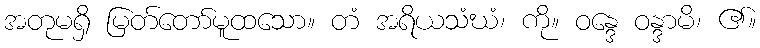
အတုမရှိ မြတ်တော်မူထသော။ တံ အရိယသံဃံ၊ ကို။ ဝန္ဒေ ဝန္ဒာမိ၊ ၏။